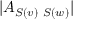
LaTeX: | A _ { S ( v ) \ S ( w ) } |